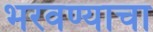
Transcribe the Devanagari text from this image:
भरवण्याचा